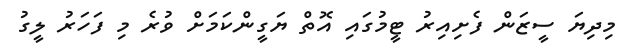
މިދިޔަ ސީޒަން ފެށިއިރު ޓީމުގައި އޮތް ޔަގީންކަމަށް ވުރެ މި ފަހަރު ލީގު